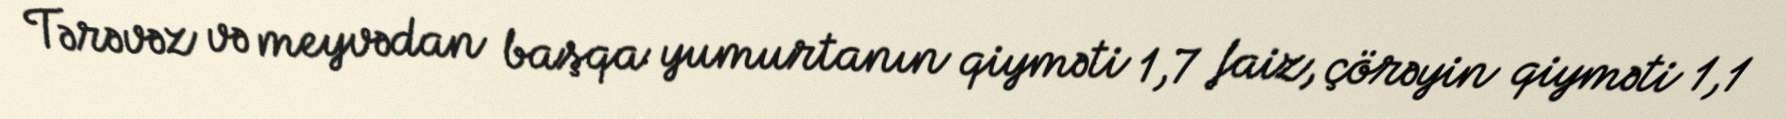
Tərəvəz və meyvədan başqa yumurtanın qiyməti 1,7 faiz, çörəyin qiyməti 1,1